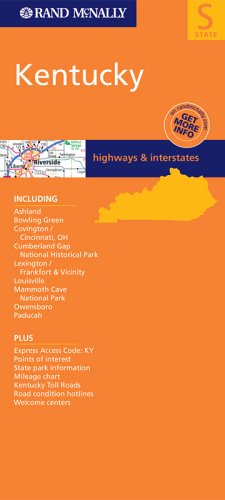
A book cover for Kentucky (Rand McNally Folded Map: States); Rand McNally; Travel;